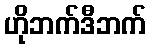
ဟိုဘက်ဒီဘက်